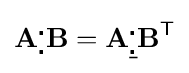
\mathbf {A} {}_{\centerdot }^{\centerdot }\mathbf {B} =\mathbf {A} {\underline {{}_{\centerdot }^{\centerdot }}}\mathbf {B} ^{\mathsf {T}}